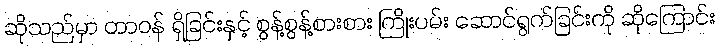
ဆိုသည်မှာ တာဝန် ရှိခြင်းနှင့် စွန့်စွန့်စားစား ကြိုးပမ်း ဆောင်ရွက်ခြင်းကို ဆိုကြောင်း